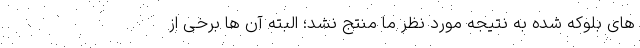
های بلوکه شده به نتیجه مورد نظر ما منتج نشد؛ البته آن ها برخی از